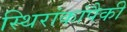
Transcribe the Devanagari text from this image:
स्थिरांकांपैकी